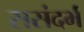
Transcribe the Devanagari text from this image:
ससंदर्भ